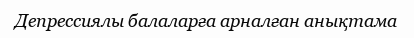
Депрессиялы балаларға арналған анықтама